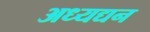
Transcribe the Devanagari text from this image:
अध्यद्यन